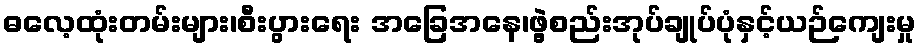
ဓလေ့ထုံးတမ်းများ၊စီးပွားရေး အခြေအနေ၊ဖွဲ့စည်းအုပ်ချုပ်ပုံနှင့်ယဉ်ကျေးမှု